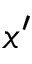
x ^ { \prime }